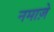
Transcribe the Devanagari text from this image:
नमाज़े